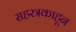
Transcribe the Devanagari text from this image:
सहस्त्रकाहून